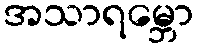
အသာရမ္ဘော